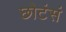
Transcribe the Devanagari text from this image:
छोटंसं